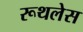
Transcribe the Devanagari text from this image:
रूथलेस